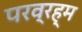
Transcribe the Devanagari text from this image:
परव्रह्म